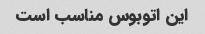
این اتوبوس مناسب است